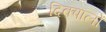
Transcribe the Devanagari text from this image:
दिक्पालों